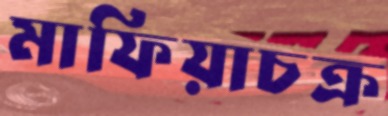
মাফিয়াচক্র